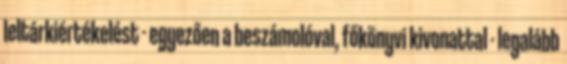
leltárkiértékelést - egyezően a beszámolóval, főkönyvi kivonattal - legalább